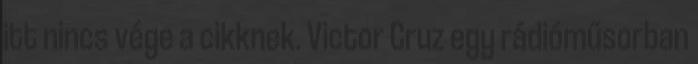
itt nincs vége a cikknek. Victor Cruz egy rádióműsorban